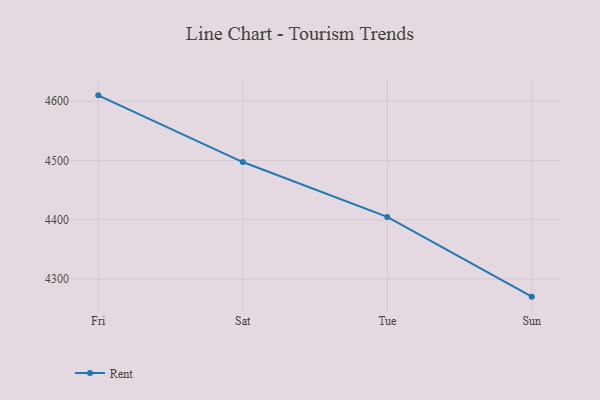
{"axis": {"x": "Day", "y": "Demand Index"}, "legend": ["Rent"], "data": [{"x": "Fri", "y": 4609.9, "type": "Rent"}, {"x": "Sat", "y": 4497.4, "type": "Rent"}, {"x": "Tue", "y": 4404.8, "type": "Rent"}, {"x": "Sun", "y": 4270.3, "type": "Rent"}]}